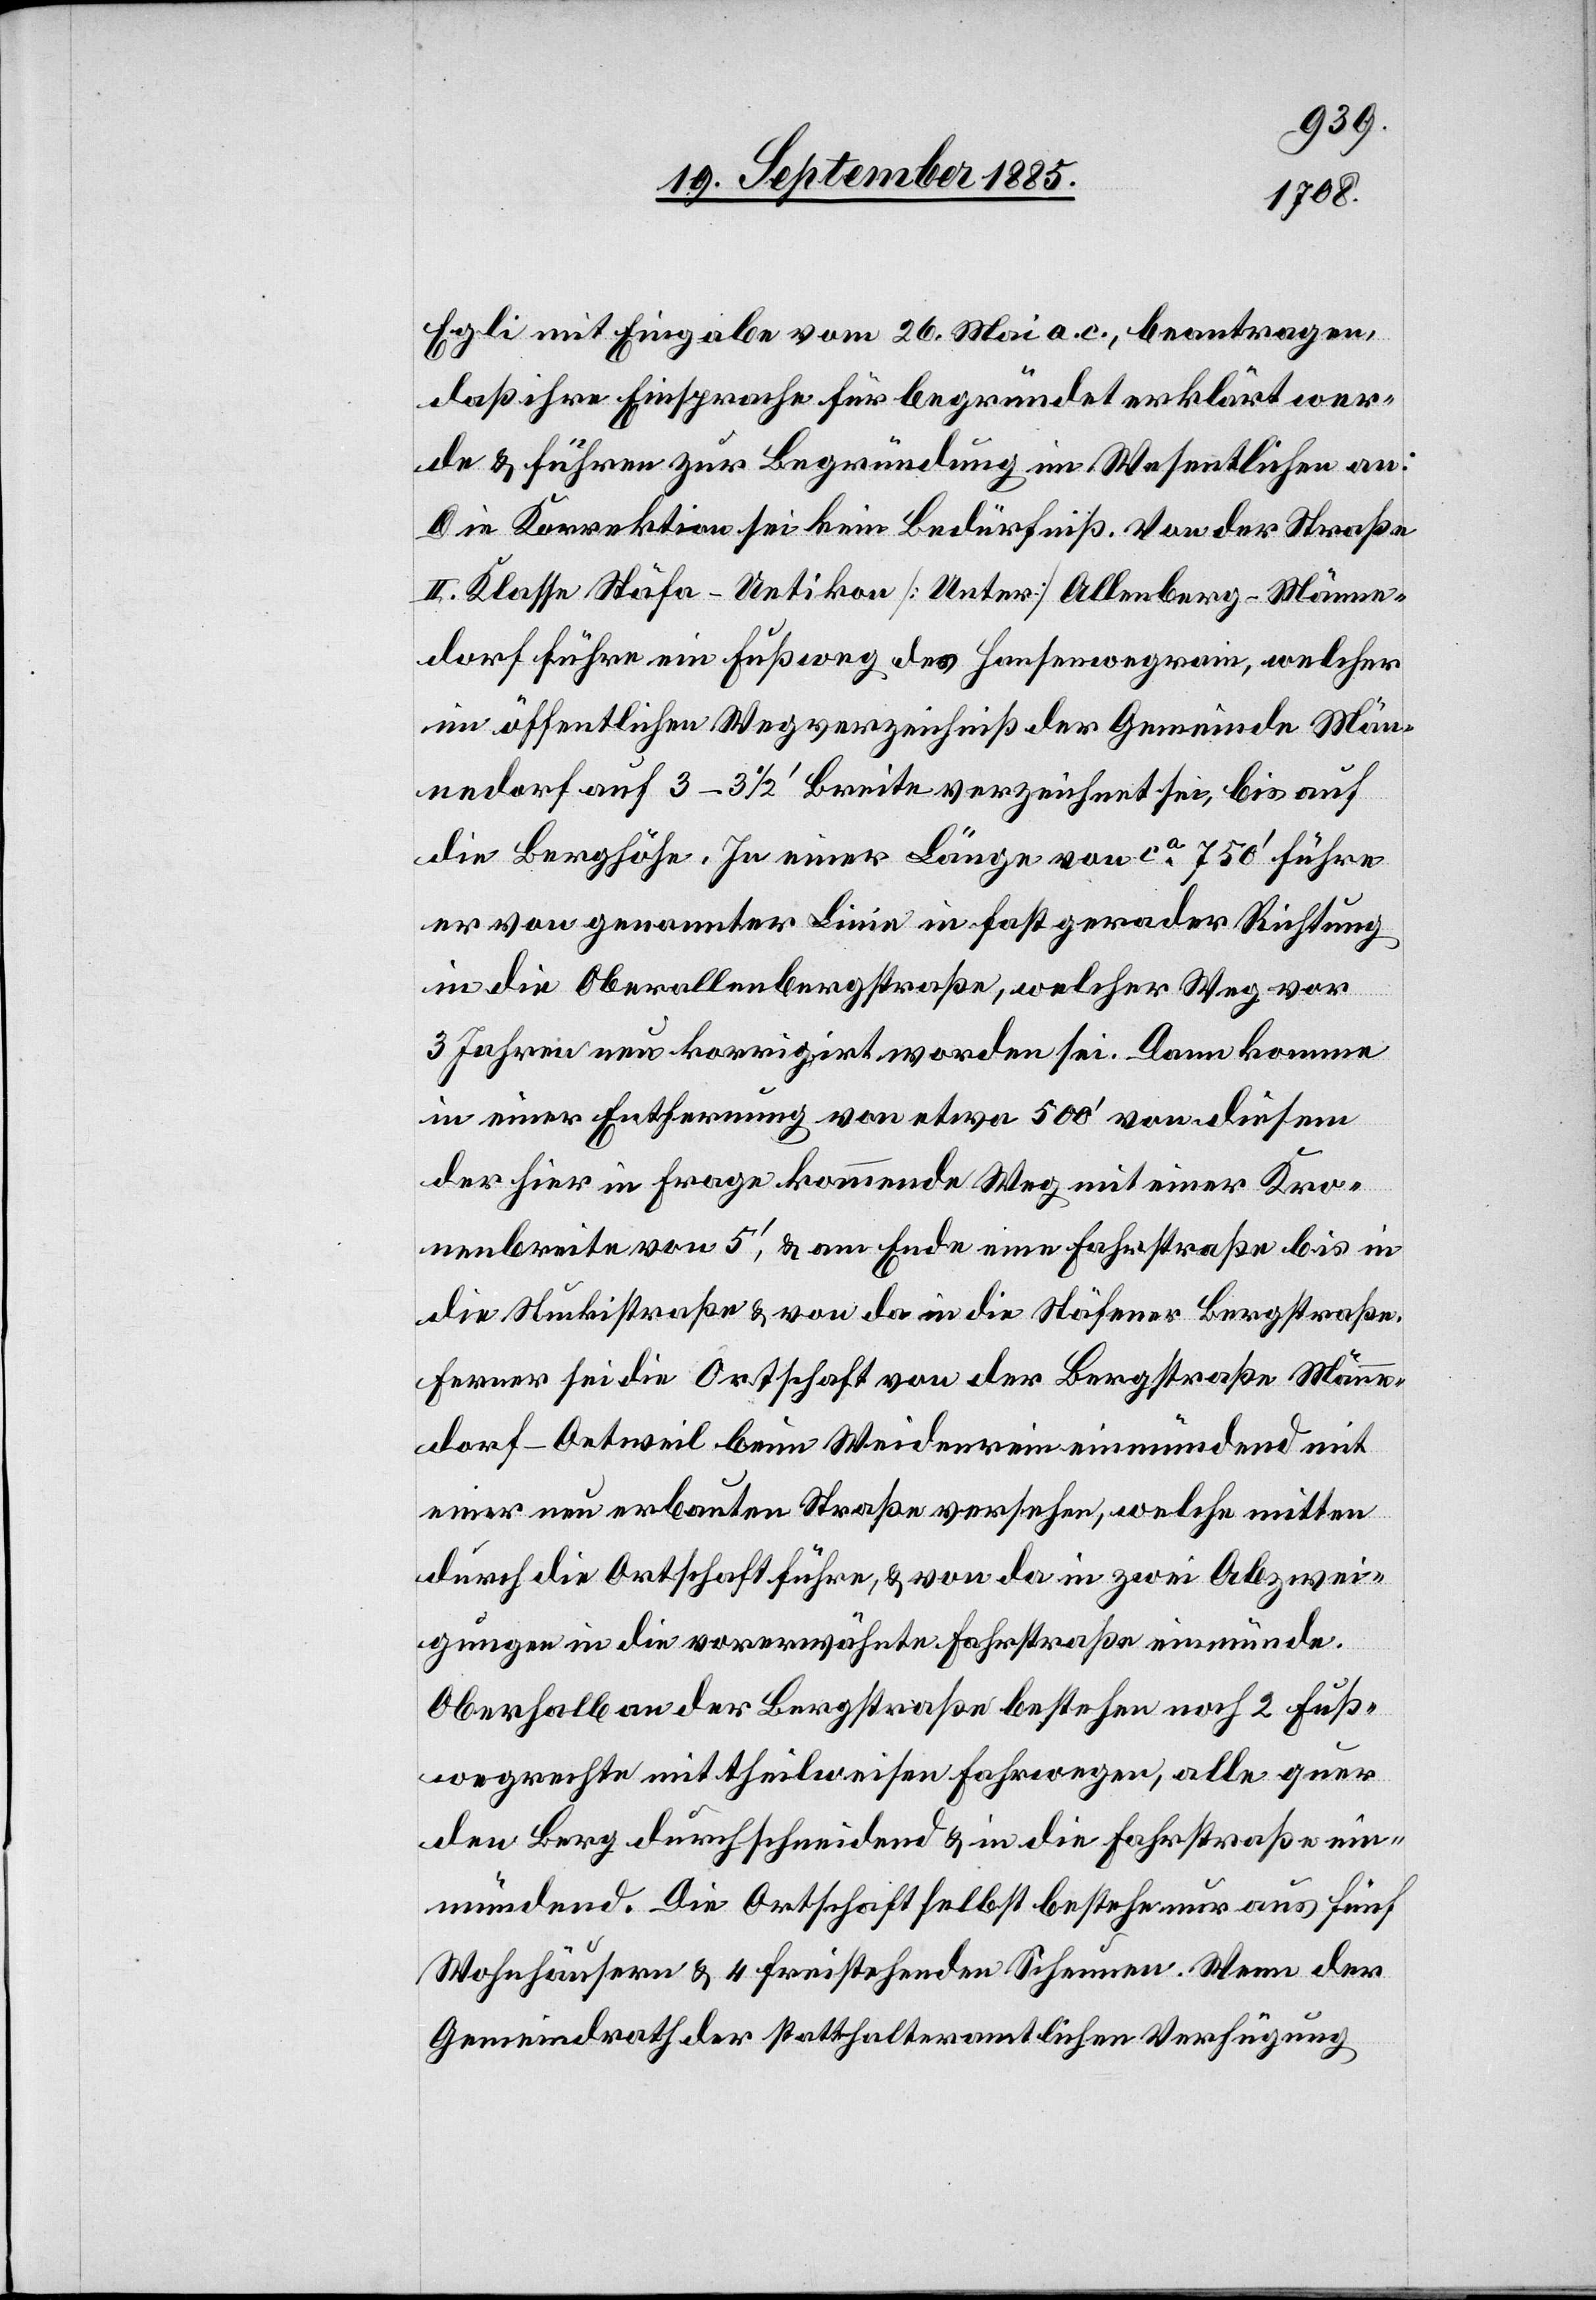
Egli mit Eingabe vom 26. Mai a. c., beantragen,
daß ihre Einsprache für begründet erklärt wer¬
de & führen zur Begründung im Wesentlichen an:
Die Korrektion sei kein Bedürfniß. Von der Straße
II. Klasse Stäfa–Uetikon [Unter] Allenberg–Männe¬
dorf führe ein Fußweg des Hausenwegrain, welcher
im öffentlichen Wegverzeichniß der Gemeinde Män¬
nedorf auf 3–3 1/2‘ Breite verzeichnet sei, bis auf
die Berghöhe. In einer Länge von ca 750‘ führe
er von genannter Linie in fast gerader Richtung
in die Oberallenbergstraße, welcher Weg vor
3 Jahren neu korrigirt worden sei. Dann komme
in einer Entfernung von etwa 500‘ von diesem
der hier in Frage kommende Weg mit einer Kro¬
nenbreite von 5‘, & am Ende eine Fahrstraße bis in
die Stuckistraße & von da in die Stäfener Bergstraße.
Ferner sei die Ortschaft von der Bergstraße Männe¬
dorf–Oetweil beim Weidenrein einmündend mit
einer neu erbauten Straße versehen, welche mitten
durch die Ortschaft führe, & von da in zwei Abzwei¬
gungen in die vorerwähnte Fahrstraße einmünde.
Oberhalb an der Bergstraße bestehen noch 2 Fuß¬
wegrechte mit theilweisen Fahrwegen, alle quer
den Berg durchschneidend & in die Fahrstraße ein¬
mündend. Die Ortschaft selbst bestehe nur aus fünf
Wohnhäusern & 4 freistehenden Scheunen. Wenn der
Gemeindrath der statthalteramtlichen Verfügung